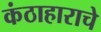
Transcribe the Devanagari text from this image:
कंठाहाराचे